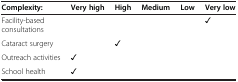
<table><thead><tr><td><b>Complexity:</b></td><td><b>Very high</b></td><td><b>High</b></td><td><b>Medium</b></td><td><b>Low</b></td><td><b>Very low</b></td></tr></thead><tbody><tr><td>Facility-based consultations</td><td> </td><td> </td><td> </td><td> </td><td>✓</td></tr><tr><td>Cataract surgery</td><td> </td><td>✓</td><td> </td><td> </td><td> </td></tr><tr><td>Outreach activities</td><td>✓</td><td> </td><td> </td><td> </td><td> </td></tr><tr><td>School health</td><td>✓</td><td> </td><td> </td><td> </td><td> </td></tr></tbody></table>